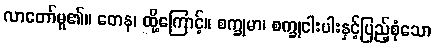
လာတော်မူ၏။ တေန၊ ထို့ကြောင့်။ စက္ခုမာ၊ စက္ခုငါးပါးနှင့်ပြည့်စုံသော